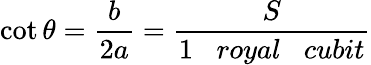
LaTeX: \cot{\theta}={\frac{b}{2a}}={\frac{S}{1\; \; \; royal\; \; \; cubit}}